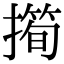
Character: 𢵀